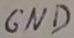
Text: GND